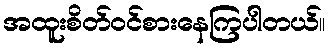
အထူးစိတ်ဝင်စားနေကြပါတယ်။